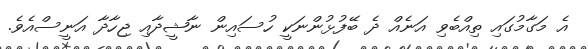
އެ މަގާމުގައި ތިއްބެވި އަނެއް ދެ ބޭފުޅުންނަކީ ހުސައިން ނާޝީދާއި ޖިހާދާ އަނީސްއެވެ.